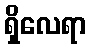
ရှိလေရာ